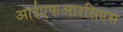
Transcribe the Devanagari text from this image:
आईएफआरसिएस